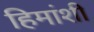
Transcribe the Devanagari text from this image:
हिमांशी